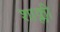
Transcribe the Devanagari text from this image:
शाक्ली